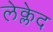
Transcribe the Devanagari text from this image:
लेक्लेद